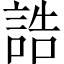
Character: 誥